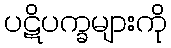
ပဋိပက္ခများကို